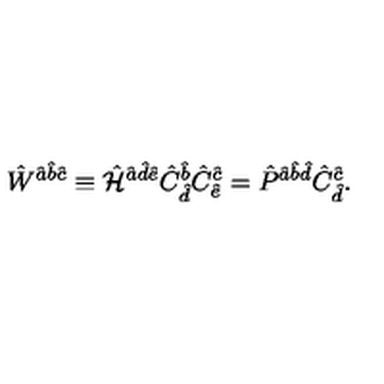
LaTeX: \hat { W } ^ { \hat { a } \hat { b } \hat { c } } \equiv \hat { \cal H } ^ { \hat { a } \hat { d } \hat { e } } \hat { C } _ { \hat { d } } ^ { \hat { b } } \hat { C } _ { \hat { e } } ^ { \hat { c } } = \hat { P } ^ { \hat { a } \hat { b } \hat { d } } \hat { C } _ { \hat { d } } ^ { \hat { c } } .